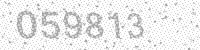
Solution: 059813